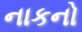
નાકનો